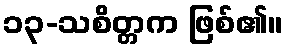
၁၃-သစိတ္တက ဖြစ်၏။